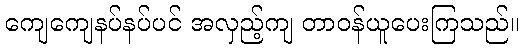
ကျေကျေနပ်နပ်ပင် အလှည့်ကျ တာဝန်ယူပေးကြသည်။